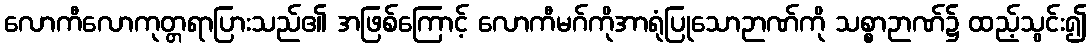
လောကီလောကုတ္တရာပြားသည်၏ အဖြစ်ကြောင့် လောကီမဂ်ကိုအာရုံပြုသောဉာဏ်ကို သစ္စာဉာဏ်၌ ထည့်သွင်း၍